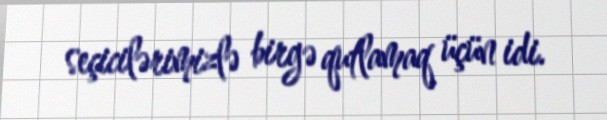
seçicilərimizlə birgə qutlamaq üçün idi.